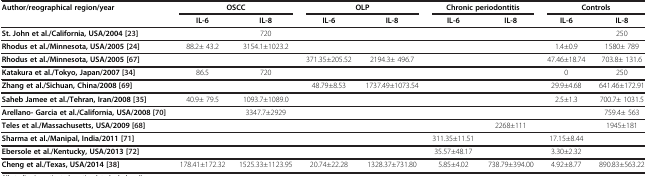
<table><thead><tr><td rowspan="2"><b>Author/reographical region/year</b></td><td colspan="2"><b>OSCC</b></td><td colspan="2"><b>OLP</b></td><td colspan="2"><b>Chronic periodontitis</b></td><td colspan="2"><b>Controls</b></td></tr><tr><td><b>IL-6</b></td><td><b>IL-8</b></td><td><b>IL-6</b></td><td><b>IL-8</b></td><td><b>IL-6</b></td><td><b>IL-8</b></td><td><b>IL-6</b></td><td><b>IL-8</b></td></tr></thead><tbody><tr><td><b>St. John et al./California, USA/2004</b>[23]</td><td>[EMPTY_CELL]</td><td>720</td><td colspan="2">[EMPTY_CELL]</td><td colspan="2">[EMPTY_CELL]</td><td>[EMPTY_CELL]</td><td>250</td></tr><tr><td><b>Rhodus et al./Minnesota, USA/2005</b>[24]</td><td>88.2± 43.2</td><td>3154.1±1023.2</td><td colspan="2">[EMPTY_CELL]</td><td colspan="2">[EMPTY_CELL]</td><td>1.4±0.9</td><td>1580± 789</td></tr><tr><td><b>Rhodus et al./Minnesota, USA/2005</b>[67]</td><td colspan="2">[EMPTY_CELL]</td><td>371.35±205.52</td><td>2194.3± 496.7</td><td colspan="2">[EMPTY_CELL]</td><td>47.46±18.74</td><td>703.8± 131.6</td></tr><tr><td><b>Katakura et al./Tokyo, Japan/2007</b>[34]</td><td>86.5</td><td>720</td><td colspan="2">[EMPTY_CELL]</td><td colspan="2">[EMPTY_CELL]</td><td>0</td><td>250</td></tr><tr><td><b>Zhang et al./Sichuan, China/2008</b>[69]</td><td colspan="2">[EMPTY_CELL]</td><td>48.79±8.53</td><td>1737.49±1073.54</td><td colspan="2">[EMPTY_CELL]</td><td>29.9±4.68</td><td>641.46±172.91</td></tr><tr><td><b>Saheb Jamee et al./Tehran, Iran/2008</b>[35]</td><td>40.9± 79.5</td><td>1093.7±1089.0</td><td colspan="2">[EMPTY_CELL]</td><td colspan="2">[EMPTY_CELL]</td><td>2.5±1.3</td><td>700.7± 1031.5</td></tr><tr><td><b>Arellano- Garcia et al./California, USA/2008</b>[70]</td><td>[EMPTY_CELL]</td><td>3347.7±2929</td><td colspan="2">[EMPTY_CELL]</td><td colspan="2">[EMPTY_CELL]</td><td>[EMPTY_CELL]</td><td>759.4± 563</td></tr><tr><td><b>Teles et al./Massachusetts, USA/2009</b>[68]</td><td colspan="2">[EMPTY_CELL]</td><td colspan="2">[EMPTY_CELL]</td><td>[EMPTY_CELL]</td><td>2268±111</td><td>[EMPTY_CELL]</td><td>1945±181</td></tr><tr><td><b>Sharma et al./Manipal, India/2011</b>[71]</td><td colspan="2">[EMPTY_CELL]</td><td colspan="2">[EMPTY_CELL]</td><td>311.35±11.51</td><td>[EMPTY_CELL]</td><td>17.15±8.44</td><td>[EMPTY_CELL]</td></tr><tr><td><b>Ebersole et al./Kentucky, USA/2013</b>[72]</td><td colspan="2">[EMPTY_CELL]</td><td colspan="2">[EMPTY_CELL]</td><td>35.57±48.17</td><td>[EMPTY_CELL]</td><td>3.30±2.32</td><td>[EMPTY_CELL]</td></tr><tr><td><b>Cheng et al./Texas, USA/2014</b>[38]</td><td>178.41±172.32</td><td>1525.33±1123.95</td><td>20.74±22.28</td><td>1328.37±731.80</td><td>5.85±4.02</td><td>738.79±394.00</td><td>4.92±8.77</td><td>890.83±563.22</td></tr></tbody></table>